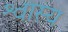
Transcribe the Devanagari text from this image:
श्वास्य